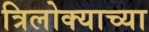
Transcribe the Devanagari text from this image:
त्रिलोक्याच्या